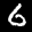
Label: 6